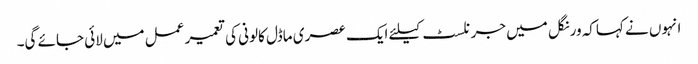
انہوں نے کہاکہ ورنگل میں جرنلسٹ کیلئے ایک عصری ماڈل کالونی کی تعمیر عمل میں لائی جائے گی۔